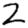
Digit: 2